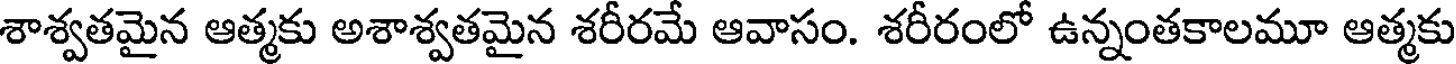
శాశ్వతమైన ఆత్మకు అశాశ్వతమైన శరీరమే ఆవాసం. శరీరంలో ఉన్నంతకాలమూ ఆత్మకు